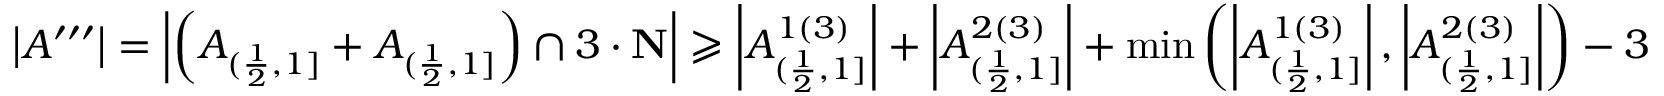
\begin{array} { r } { \left| A ^ { \prime \prime \prime } \right| = \left| \left( A _ { ( \frac { 1 } { 2 } , 1 ] } + A _ { ( \frac { 1 } { 2 } , 1 ] } \right) \cap 3 \cdot \mathbf { N } \right| \geqslant \left| A _ { ( \frac { 1 } { 2 } , 1 ] } ^ { 1 ( 3 ) } \right| + \left| A _ { ( \frac { 1 } { 2 } , 1 ] } ^ { 2 ( 3 ) } \right| + \operatorname* { m i n } \left( \left| A _ { ( \frac { 1 } { 2 } , 1 ] } ^ { 1 ( 3 ) } \right| , \left| A _ { ( \frac { 1 } { 2 } , 1 ] } ^ { 2 ( 3 ) } \right| \right) - 3 } \end{array}